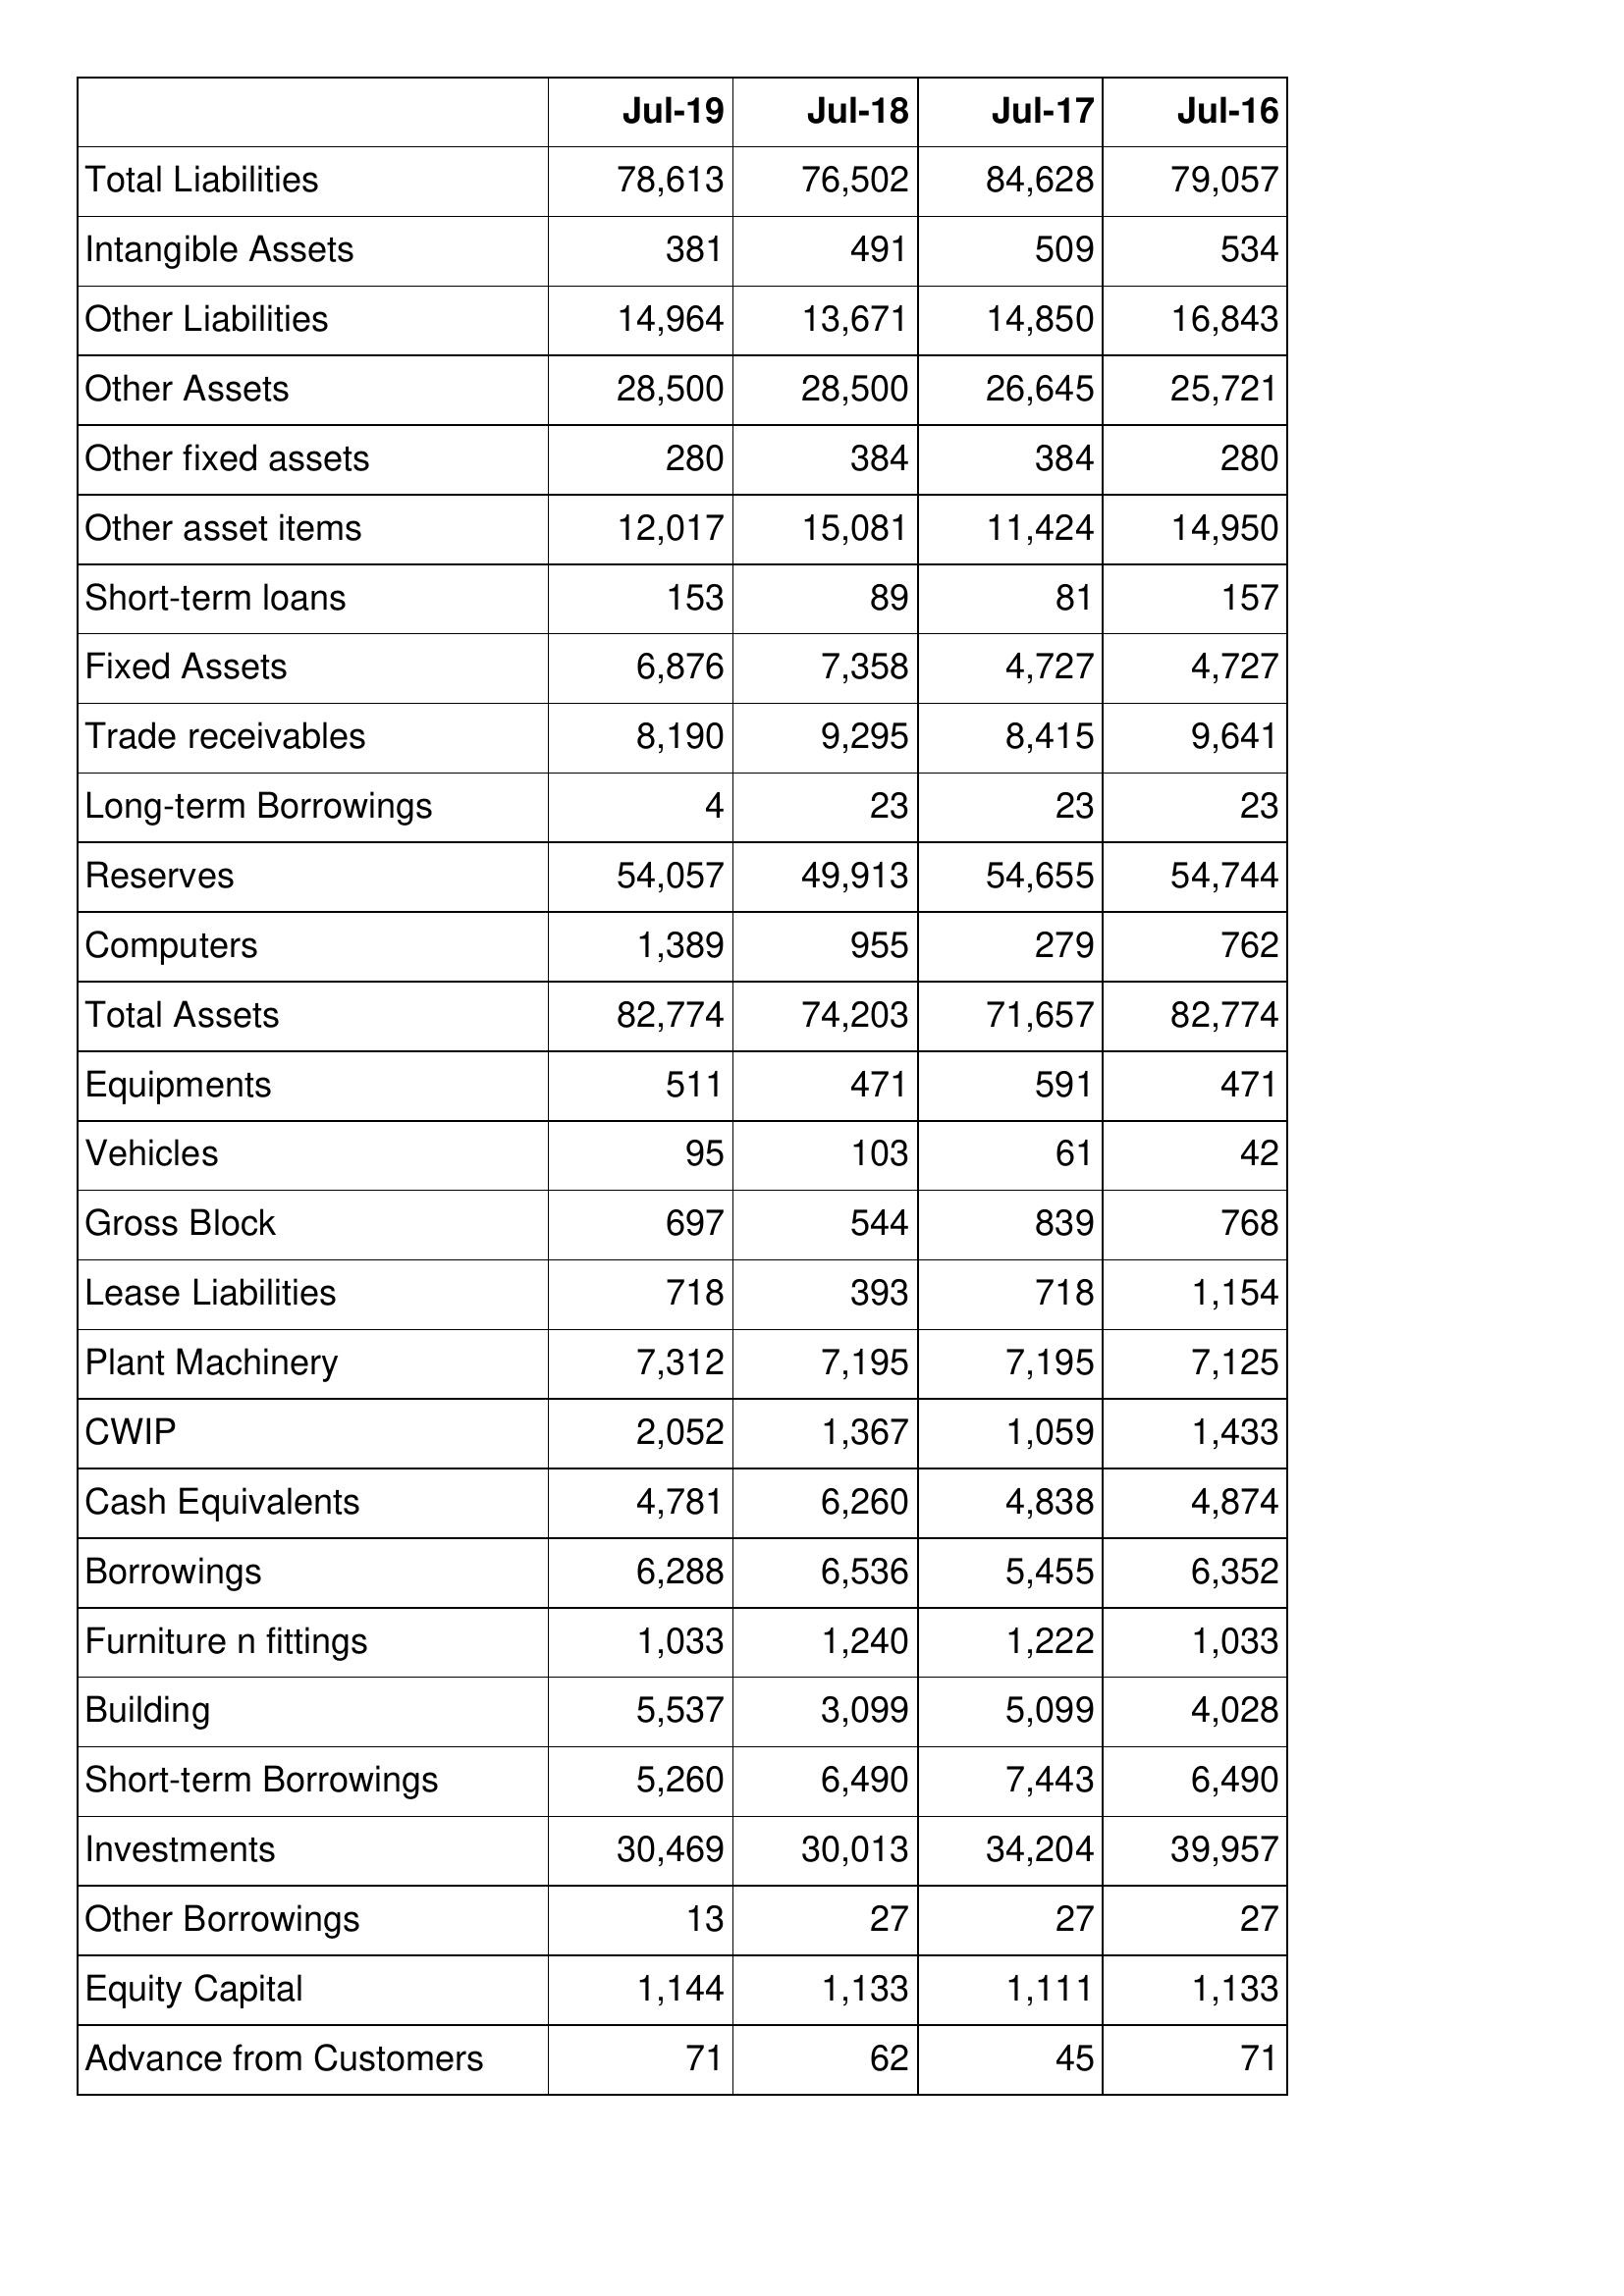
Jul-19: Balance Sheet: Total Liabilities: 78,613
Intangible Assets: 381
Other Liabilities: 14,964
Other Assets: 28,500
Other fixed assets: 280
Other asset items: 12,017
Short-term loans: 153
Fixed Assets: 6,876
Trade receivables: 8,190
Long-term Borrowings: 4
Reserves: 54,057
Computers: 1,389
Total Assets: 82,774
Equipments: 511
Vehicles: 95
Gross Block: 697
Lease Liabilities: 718
Plant Machinery: 7,312
CWIP: 2,052
Cash Equivalents: 4,781
Borrowings: 6,288
Furniture n fittings: 1,033
Building: 5,537
Short-term Borrowings: 5,260
Investments: 30,469
Other Borrowings: 13
Equity Capital: 1,144
Advance from Customers: 71
Jul-18: Balance Sheet: Total Liabilities: 76,502
Intangible Assets: 491
Other Liabilities: 13,671
Other Assets: 28,500
Other fixed assets: 384
Other asset items: 15,081
Short-term loans: 89
Fixed Assets: 7,358
Trade receivables: 9,295
Long-term Borrowings: 23
Reserves: 49,913
Computers: 955
Total Assets: 74,203
Equipments: 471
Vehicles: 103
Gross Block: 544
Lease Liabilities: 393
Plant Machinery: 7,195
CWIP: 1,367
Cash Equivalents: 6,260
Borrowings: 6,536
Furniture n fittings: 1,240
Building: 3,099
Short-term Borrowings: 6,490
Investments: 30,013
Other Borrowings: 27
Equity Capital: 1,133
Advance from Customers: 62
Jul-17: Balance Sheet: Total Liabilities: 84,628
Intangible Assets: 509
Other Liabilities: 14,850
Other Assets: 26,645
Other fixed assets: 384
Other asset items: 11,424
Short-term loans: 81
Fixed Assets: 4,727
Trade receivables: 8,415
Long-term Borrowings: 23
Reserves: 54,655
Computers: 279
Total Assets: 71,657
Equipments: 591
Vehicles: 61
Gross Block: 839
Lease Liabilities: 718
Plant Machinery: 7,195
CWIP: 1,059
Cash Equivalents: 4,838
Borrowings: 5,455
Furniture n fittings: 1,222
Building: 5,099
Short-term Borrowings: 7,443
Investments: 34,204
Other Borrowings: 27
Equity Capital: 1,111
Advance from Customers: 45
Jul-16: Balance Sheet: Total Liabilities: 79,057
Intangible Assets: 534
Other Liabilities: 16,843
Other Assets: 25,721
Other fixed assets: 280
Other asset items: 14,950
Short-term loans: 157
Fixed Assets: 4,727
Trade receivables: 9,641
Long-term Borrowings: 23
Reserves: 54,744
Computers: 762
Total Assets: 82,774
Equipments: 471
Vehicles: 42
Gross Block: 768
Lease Liabilities: 1,154
Plant Machinery: 7,125
CWIP: 1,433
Cash Equivalents: 4,874
Borrowings: 6,352
Furniture n fittings: 1,033
Building: 4,028
Short-term Borrowings: 6,490
Investments: 39,957
Other Borrowings: 27
Equity Capital: 1,133
Advance from Customers: 71